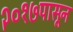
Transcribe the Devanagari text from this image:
२०१७पासून